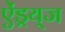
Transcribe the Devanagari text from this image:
ऐंड्रय्‌ज